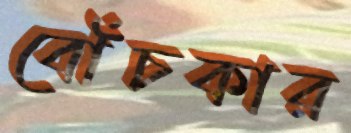
বোঁচকার